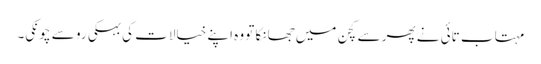
مہتاب تائی نے پھر سے کچن میں جھانکا تو وہ اپنے خیالات کی بہکی رو سے چونکی۔